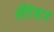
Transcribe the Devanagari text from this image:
सौदेबाज